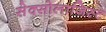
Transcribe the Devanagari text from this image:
सेक्सोलाजिस्ट